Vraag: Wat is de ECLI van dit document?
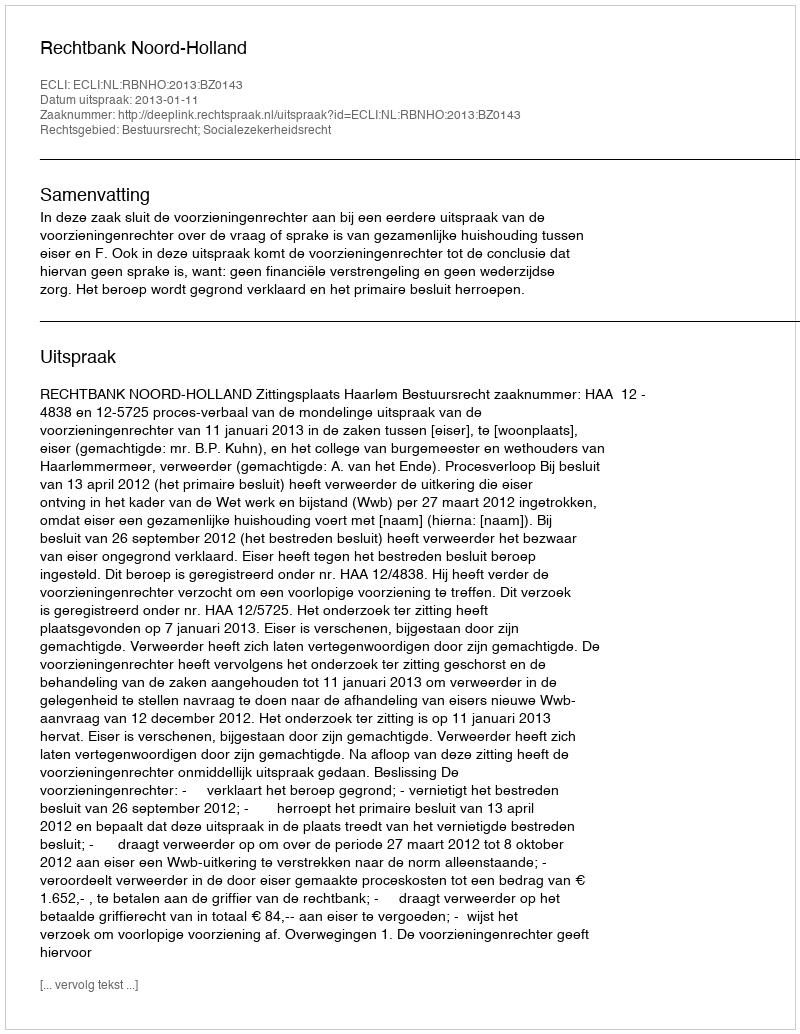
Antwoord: ECLI:NL:RBNHO:2013:BZ0143